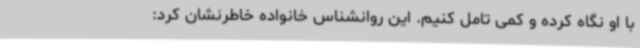
با او نگاه کرده و کمی تامل کنیم. این روانشناس خانواده خاطرنشان کرد: